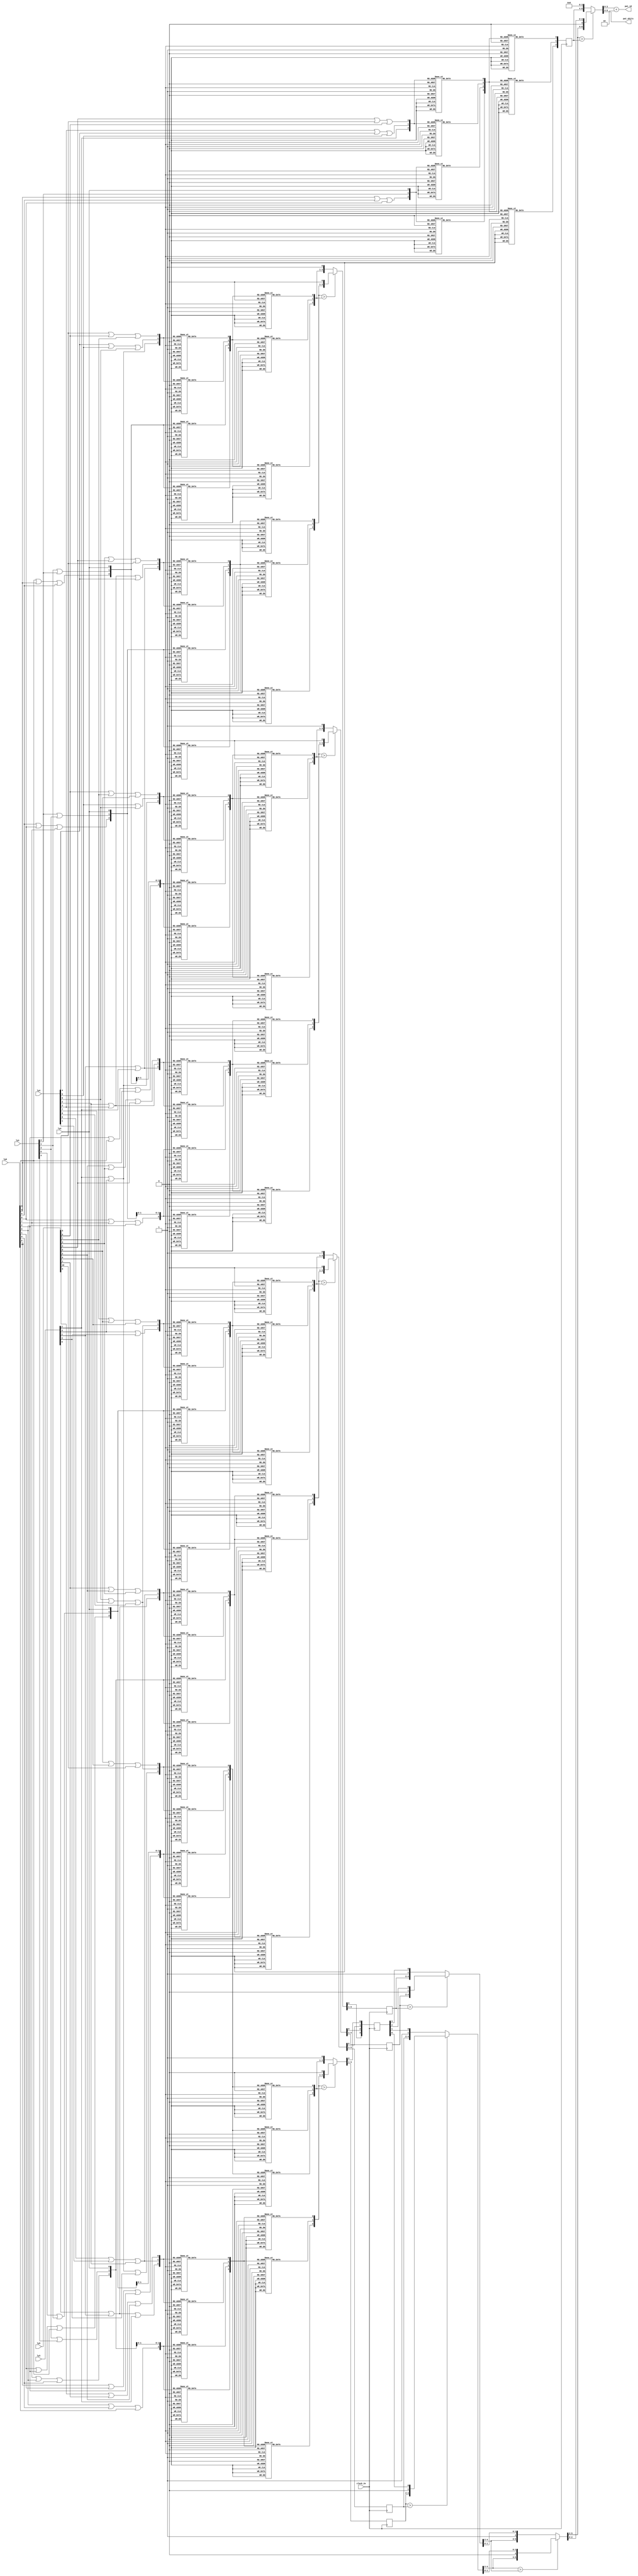
`timescale 1ns / 1ps
//------------------------------------------------------------------------------------------------------------------------
//	Finds:	  Best matching pattern template and number of layers hit on that pattern for 1 key 1/2-strip
//	Returns:  Best matching pattern template ID, and number of hits on the pattern
//
//	12/19/06 Initial
//	12/22/06 Change comparison direction
//	01/05/07 Change to combined 1/2-strip and distrip method
//	01/09/07 Replace count1s adders with LUT version
//	01/10/07 Narrow layer inputs to exclude unused 1/2-strips
//	01/16/07 Change from 15 to 9 patterns
//	01/18/07 Mod pattern 5 OR
//	02/22/07 Add pipleline latch
//	02/27/07 Reposition pipleline for max speed, min area
//	05/08/07 Change pattern numbers 1-9 to 0-8 so lsb now implies bend direction
//	05/23/07 Mod pattern 3 ly5 to mirror pattern 2
//	06/08/07 Remove pipeline stage
//	06/12/07 Had to revert to pipeline stage, could only achieve 30MHz otherwise
//	06/15/07 Incorporate layer mode as pattern 1, shift clct patterns IDs to the range 2-10
//	06/28/07 Shift key layer to ly2, flip patterns top-to-bottom, old ly0 becomes new ly5, left bends become right
//	07/02/07 Flip pat[i][5:0] to pat[i][0:5] to match prior ly3 result, reduces fpga usage from 93% to 90%
//	08/11/10 Port to ise 12
//	08/12/10 Replace LUT version of count1s because xst 12.2 inferred read-only ram instead of luts
//------------------------------------------------------------------------------------------------------------------------
	module pattern_unit
	(
// Input ports
	clock_2x,
	ly0,
	ly1,
	ly2,
	ly3,
	ly4,
	ly5,

// Output ports
	pat_nhits,
	pat_id
	);

//------------------------------------------------------------------------------------------------------------------------
// Generic
//------------------------------------------------------------------------------------------------------------------------
	parameter MXLY		= 6;			// Number of CSC layers
	parameter MXHITB	= 3;			// Hits on pattern bits
	parameter MXPID		=11;			// Number of patterns
	parameter MXPIDB	= 4;			// Pattern ID bits, lsb=bend direction

//------------------------------------------------------------------------------------------------------------------------
// Ports
//------------------------------------------------------------------------------------------------------------------------
// Inputs
	input					clock_2x;	// Pipeline clock
	input	[10:0]			ly0;
	input	[ 7:3]			ly1;
	input	[ 5:5]			ly2;		// Key layer 2
	input	[ 7:3]			ly3;
	input	[ 9:1]			ly4;
	input	[10:0]			ly5;		// 1/2-strips 1 layer 1 cell

// Outputs
	output	[MXHITB-1:0]	pat_nhits;	// Number layers hit for highest pattern
	output	[MXPIDB-1:0]	pat_id;		// Highest pattern found

//------------------------------------------------------------------------------------------------------------------------
// Finds best 1-of-9 1/2-strip patterns for 1 key 1/2-strip 
// Returns pattern number 2-10 and number of layers hit on that pattern 0-6.
// Pattern LSB = bend direction
// Hit pattern LUTs for 1 layer: - = don't care, xx= one hit or the other or both
//
// Pattern Templates:
//
// Pattern       id=2        id=3        id=4        id=5        id=6        id=7        id=8        id=9        idA
// Bend dir      bd=0        bd=1        bd=0        bd=1        bd=0        bd=1        bd=0        bd=1        bd=0
//               |           |           |           |           |           |           |           |           |
// ly0      --------xxx xxx-------- -------xxx- -xxx------- ------xxx-- --xxx------ -----xxx--- ---xxx----- ----xxx----
// ly1      ------xx--- ---xx------ ------xx--- ---xx------ -----xx---- ----xx----- -----xx---- ----xx----- -----x-----
// ly2 key  -----x----- -----x----- -----x----- -----x----- -----x----- -----x----- -----x----- -----x----- -----x-----
// ly3      ---xxx----- -----xxx--- ---xx------ ------xx--- ----xx----- -----xx---- ----xx----- -----xx---- -----x-----
// ly4      -xxx------- -------xxx- -xxx------- -------xxx- ---xx------ ------xx--- ---xxx----- -----xxx--- ----xxx----
// ly5      xxx-------- --------xxx -xxx------- -------xxx- --xxx------ ------xxx-- ---xxx----- -----xxx--- ----xxx----
//               |           |           |           |           |           |           |           |           |
// Extent   0123456789A 0123456789A 0123456789A 0123456789A 0123456789A 0123456789A 0123456789A 0123456789A 0123456789A
// Avg.bend - 8.0 hs    + 8.0 hs    -6.0 hs     +6.0 hs     -4.0 hs     +4.0 hs     -2.0 hs     +2.0 hs      0.0 hs
// Min.bend -10.0 hs    + 6.0 hs    -8.0 hs     +4.0 hs     -6.0 hs     +2.0 hs     -4.0 hs      0.0 hs     -1.0 hs
// Max.bend - 6.0 hs    +10.0 hs    -4.0 hs     +8.0 hs     -2.0 hs     +6.0 hs      0.0 hs     +4.0 hs     +1.0 hs
//------------------------------------------------------------------------------------------------------------------------
//	wire [MXLY-1:0] pat [MXPID-1:2];	// Ordering 5:0 uses 130 LUTs, but fpga usage is 93%
	wire [0:MXLY-1] pat [MXPID-1:2];	// Ordering 0:5 uses 132 LUTs, and fpga usage is 90%, matches ly3 key result
	parameter A=10;

// Pattern A										       0123456789A
	assign pat[A][0] = ly0[4]|ly0[5]|ly0[6];		// ly0 ----xxx----
	assign pat[A][1] =        ly1[5];				// ly1 -----x-----
	assign pat[A][2] =        ly2[5];				// ly2 -----x-----
	assign pat[A][3] =        ly3[5];				// ly3 -----x-----
	assign pat[A][4] = ly4[4]|ly4[5]|ly4[6];		// ly4 ----xxx---
	assign pat[A][5] = ly5[4]|ly5[5]|ly5[6];		// ly5 ----xxx---

// Pattern 9												       0123456789A
	assign pat[9][0] = ly0[3]|ly0[4]|ly0[5];				// ly0 ---xxx-----
	assign pat[9][1] =        ly1[4]|ly1[5];				// ly1 ----xx-----
	assign pat[9][2] =               ly2[5];				// ly2 -----x-----
	assign pat[9][3] =               ly3[5]|ly3[6];			// ly3 -----xx----
	assign pat[9][4] =               ly4[5]|ly4[6]|ly4[7];	// ly4 -----xxx---
	assign pat[9][5] =               ly5[5]|ly5[6]|ly5[7];	// ly5 -----xxx---
	
// Pattern 8												       0123456789A
	assign pat[8][0] =               ly0[5]|ly0[6]|ly0[7];	// ly0 -----xxx---
	assign pat[8][1] =               ly1[5]|ly1[6];			// ly1 -----xx----
	assign pat[8][2] =               ly2[5];				// ly2 -----x-----
	assign pat[8][3] =        ly3[4]|ly3[5];				// ly3 ----xx-----
	assign pat[8][4] = ly4[3]|ly4[4]|ly4[5];				// ly4 ---xxx-----
	assign pat[8][5] = ly5[3]|ly5[4]|ly5[5];				// ly5 ---xxx-----

// Pattern 7																       0123456789A
	assign pat[7][0] = ly0[2]|ly0[3]|ly0[4];								// ly0 --xxx------
	assign pat[7][1] =               ly1[4]|ly1[5];							// ly1 ----xx-----
	assign pat[7][2] =                      ly2[5];							// ly2 -----x-----
	assign pat[7][3] =                      ly3[5]|ly3[6];					// ly3 -----xx----
	assign pat[7][4] =                             ly4[6]|ly4[7];			// ly4 ------xx---
	assign pat[7][5] =                             ly5[6]|ly5[7]|ly5[8];	// ly5 ------xxx--

// Pattern 6																       0123456789A
	assign pat[6][0] =                             ly0[6]|ly0[7]|ly0[8];	// ly0 ------xxx--
	assign pat[6][1] =                      ly1[5]|ly1[6];					// ly1 -----xx----
	assign pat[6][2] =                      ly2[5];							// ly2 -----x-----
	assign pat[6][3] =               ly3[4]|ly3[5];							// ly3 ----xx-----
	assign pat[6][4] =        ly4[3]|ly4[4];								// ly4 ---xx------
	assign pat[6][5] = ly5[2]|ly5[3]|ly5[4];								// ly5 --xxx------

// Pattern 5																			       0123456789A
	assign pat[5][0] = ly0[1]|ly0[2]|ly0[3];											// ly0 -xxx-------
	assign pat[5][1] =               ly1[3]|ly1[4];										// ly1 ---xx------
	assign pat[5][2] =                             ly2[5];								// ly2 -----x-----
	assign pat[5][3] =                                    ly3[6]|ly3[7];				// ly3 ------xx---
	assign pat[5][4] =                                           ly4[7]|ly4[8]|ly4[9];	// ly4 -------xxx-
	assign pat[5][5] =                                           ly5[7]|ly5[8]|ly5[9];	// ly5 -------xxx-
	
// Pattern 4																			       0123456789A
	assign pat[4][0] =                                            ly0[7]|ly0[8]|ly0[9];	// ly0 -------xxx-
	assign pat[4][1] =                                     ly1[6]|ly1[7];				// ly1 ------xx---
	assign pat[4][2] =                              ly2[5];								// ly2 -----x-----
	assign pat[4][3] =               ly3[3]|ly3[4];										// ly3 ---xx------
	assign pat[4][4] = ly4[1]|ly4[2]|ly4[3];											// ly4 -xxx-------
	assign pat[4][5] = ly5[1]|ly5[2]|ly5[3];											// ly5 -xxx-------

// Pattern 3																							       0123456789A
	assign pat[3][0] = ly0[0]|ly0[1]|ly0[2];															// ly0 xxx--------
	assign pat[3][1] =                      ly1[3]|ly1[4];												// ly1 ---xx------
	assign pat[3][2] =                                    ly2[5];										// ly2 -----x-----
	assign pat[3][3] =                                    ly3[5]|ly3[6]|ly3[7];							// ly3 -----xxx---
	assign pat[3][4] =                                                  ly4[7]|ly4[8]|ly4[9];			// ly4 -------xxx-
	assign pat[3][5] =                                                         ly5[8]|ly5[9]|ly5[A];	// ly5 --------xxx

// Pattern 2																							       0123456789A
	assign pat[2][0] =                                                         ly0[8]|ly0[9]|ly0[A];	// ly0 --------xxx
	assign pat[2][1] =                                           ly1[6]|ly1[7];							// ly1 ------xx---
	assign pat[2][2] =                                    ly2[5];										// ly2 -----x-----
	assign pat[2][3] =                      ly3[3]|ly3[4]|ly3[5];										// ly3 ---xxx-----
	assign pat[2][4] =        ly4[1]|ly4[2]|ly4[3];														// ly4 -xxx-------
	assign pat[2][5] = ly5[0]|ly5[1]|ly5[2];															// ly5 xxx--------

// Count number of layers hit for each pattern
	wire [MXHITB-1:0] nhits [MXPID-1:2];

	genvar i;
	generate
	for (i=2; i<=MXPID-1; i=i+1) begin: gencount
	assign nhits[i] = count1s(pat[i]);
	end
	endgenerate

// Best 1 of 8 Priority Encoder, perfers higher pattern number if hits are equal
	reg  [MXHITB-1:0] nhits_s0 [4:0];
	wire [MXHITB-1:0] nhits_s1 [2:0];
	wire [MXHITB-1:0] nhits_s2 [1:0];
	wire [MXHITB-1:0] nhits_s3 [0:0];

	reg  [3:0] pid_s0;	// pid_s0[4] is a constant	
	wire [1:0] pid_s1 [2:0];
	wire [2:0] pid_s2 [1:0];
	wire [3:0] pid_s3 [0:0];

// 9 to 5, pipleline FF, latch A on 40MHz falling edge, B on rising edge
	always @(posedge clock_2x) begin
	{nhits_s0[4]          } =                         {nhits[A]     };
	{nhits_s0[3],pid_s0[3]} = (nhits[8] > nhits[9]) ? {nhits[8],1'b0} : {nhits[9],1'b1};
	{nhits_s0[2],pid_s0[2]} = (nhits[6] > nhits[7]) ? {nhits[6],1'b0} : {nhits[7],1'b1};
	{nhits_s0[1],pid_s0[1]} = (nhits[4] > nhits[5]) ? {nhits[4],1'b0} : {nhits[5],1'b1};
	{nhits_s0[0],pid_s0[0]} = (nhits[2] > nhits[3]) ? {nhits[2],1'b0} : {nhits[3],1'b1};
	end
	wire pid_s0_4 = 1'b0;

// 5 to 3
	assign {nhits_s1[2],pid_s1[2]} =                               {nhits_s0[4],{1'b0,pid_s0_4 }};
	assign {nhits_s1[1],pid_s1[1]} = (nhits_s0[2] > nhits_s0[3]) ? {nhits_s0[2],{1'b0,pid_s0[2]}} : {nhits_s0[3],{1'b1,pid_s0[3]}};
	assign {nhits_s1[0],pid_s1[0]} = (nhits_s0[0] > nhits_s0[1]) ? {nhits_s0[0],{1'b0,pid_s0[0]}} : {nhits_s0[1],{1'b1,pid_s0[1]}};

// 3 to 2
	assign {nhits_s2[1],pid_s2[1]} =                               {nhits_s1[2],{1'b0,pid_s1[2]}};
	assign {nhits_s2[0],pid_s2[0]} = (nhits_s1[0] > nhits_s1[1]) ? {nhits_s1[0],{1'b0,pid_s1[0]}} : {nhits_s1[1],{1'b1,pid_s1[1]}};

// 2 to 1
	assign {nhits_s3[0],pid_s3[0]} = (nhits_s2[0] > nhits_s2[1]) ? {nhits_s2[0],{1'b0,pid_s2[0]}} : {nhits_s2[1],{1'b1,pid_s2[1]}};

// Add 2 to pid to shift to range 2-10
	assign pat_nhits = nhits_s3[0];
	assign pat_id	 = pid_s3[0]+4'd2;

//------------------------------------------------------------------------------------------------------------------------
// Prodcedural function to sum number of layers hit into a binary value - LUT version
// Returns 	count1s = (inp[5]+inp[4]+inp[3])+(inp[2]+inp[1]+inp[0]);
//
// 7 LUT 7.564nsec
// 01/09/2007 Initial
//------------------------------------------------------------------------------------------------------------------------
	function [2:0]	count1s;
	input	 [5:0]	inp;
	reg		 [3:0]	lut;
	reg		 [2:0]	rom;

	begin
	case (inp[2:0])			// inp[2:0] sum lsb
	3'b000:	lut[0] = 0;		// 0
	3'b001:	lut[0] = 1;		// 1
	3'b010:	lut[0] = 1;		// 1
	3'b011:	lut[0] = 0;		// 2
	3'b100:	lut[0] = 1;		// 1
	3'b101:	lut[0] = 0;		// 2
	3'b110:	lut[0] = 0;		// 2
	3'b111:	lut[0] = 1;		// 3
	endcase

	case (inp[2:0])			// inp[2:0] sum msb
	3'b000:	lut[1] = 0;		// 0
	3'b001:	lut[1] = 0;		// 1
	3'b010:	lut[1] = 0;		// 1
	3'b011:	lut[1] = 1;		// 2
	3'b100:	lut[1] = 0;		// 1
	3'b101:	lut[1] = 1;		// 2
	3'b110:	lut[1] = 1;		// 2
	3'b111:	lut[1] = 1;		// 3
	endcase

	case (inp[5:3])			// inp[5:3] sum lsb
	3'b000:	lut[2] = 0;		// 0
	3'b001:	lut[2] = 1;		// 1
	3'b010:	lut[2] = 1;		// 1
	3'b011:	lut[2] = 0;		// 2
	3'b100:	lut[2] = 1;		// 1
	3'b101:	lut[2] = 0;		// 2
	3'b110:	lut[2] = 0;		// 2
	3'b111:	lut[2] = 1;		// 3
	endcase

	case (inp[5:3])			// inp[5:3] sum msb
	3'b000:	lut[3] = 0;		// 0
	3'b001:	lut[3] = 0;		// 1
	3'b010:	lut[3] = 0;		// 1
	3'b011:	lut[3] = 1;		// 2
	3'b100:	lut[3] = 0;		// 1
	3'b101:	lut[3] = 1;		// 2
	3'b110:	lut[3] = 1;		// 2
	3'b111:	lut[3] = 1;		// 3
	endcase

	case (lut[3:0])			// sum lut[3:2]+lut[1:0] bit 0
	4'b0000: rom[0] = 0;	// 0 000
	4'b0001: rom[0] = 1;	// 1 001
	4'b0010: rom[0] = 0;	// 2 010
	4'b0011: rom[0] = 1;	// 3 011
	4'b0100: rom[0] = 1;	// 1 001
	4'b0101: rom[0] = 0;	// 2 010
	4'b0110: rom[0] = 1;	// 3 011
	4'b0111: rom[0] = 0;	// 4 100
	4'b1000: rom[0] = 0;	// 2 010
	4'b1001: rom[0] = 1;	// 3 011
	4'b1010: rom[0] = 0;	// 4 100
	4'b1011: rom[0] = 1;	// 5 100
	4'b1100: rom[0] = 1;	// 3 011
	4'b1101: rom[0] = 0;	// 4 100
	4'b1110: rom[0] = 1;	// 5 101
	4'b1111: rom[0] = 0;	// 6 110
	endcase

	case (lut[3:0])			// sum lut[3:2]+lut[1:0] bit 1
	4'b0000: rom[1] = 0;	// 0 000
	4'b0001: rom[1] = 0;	// 1 001
	4'b0010: rom[1] = 1;	// 2 010
	4'b0011: rom[1] = 1;	// 3 011
	4'b0100: rom[1] = 0;	// 1 001
	4'b0101: rom[1] = 1;	// 2 010
	4'b0110: rom[1] = 1;	// 3 011
	4'b0111: rom[1] = 0;	// 4 100
	4'b1000: rom[1] = 1;	// 2 010
	4'b1001: rom[1] = 1;	// 3 011
	4'b1010: rom[1] = 0;	// 4 100
	4'b1011: rom[1] = 0;	// 5 101
	4'b1100: rom[1] = 1;	// 3 011
	4'b1101: rom[1] = 0;	// 4 100
	4'b1110: rom[1] = 0;	// 5 101
	4'b1111: rom[1] = 1;	// 6 110
	endcase

	case (lut[3:0])			// sum lut[3:2]+lut[1:0] bit 2
	4'b0000: rom[2] = 0;	// 0 000
	4'b0001: rom[2] = 0;	// 1 001
	4'b0010: rom[2] = 0;	// 2 010
	4'b0011: rom[2] = 0;	// 3 011
	4'b0100: rom[2] = 0;	// 1 001
	4'b0101: rom[2] = 0;	// 2 010
	4'b0110: rom[2] = 0;	// 3 011
	4'b0111: rom[2] = 1;	// 4 100
	4'b1000: rom[2] = 0;	// 2 010
	4'b1001: rom[2] = 0;	// 3 011
	4'b1010: rom[2] = 1;	// 4 100
	4'b1011: rom[2] = 1;	// 5 101
	4'b1100: rom[2] = 0;	// 3 011
	4'b1101: rom[2] = 1;	// 4 100
	4'b1110: rom[2] = 1;	// 5 101
	4'b1111: rom[2] = 1;	// 6 110
	endcase

	count1s=rom;
	end
	endfunction

//------------------------------------------------------------------------------------------------------------------------
	endmodule
//------------------------------------------------------------------------------------------------------------------------